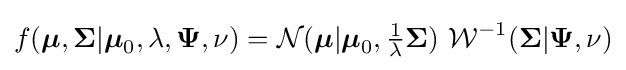
f({\boldsymbol {\mu }},{\boldsymbol {\Sigma }}|{\boldsymbol {\mu }}_{0},\lambda ,{\boldsymbol {\Psi }},\nu )={\mathcal {N}}({\boldsymbol {\mu }}|{\boldsymbol {\mu }}_{0},{\tfrac {1}{\lambda }}{\boldsymbol {\Sigma }})\ {\mathcal {W}}^{-1}({\boldsymbol {\Sigma }}|{\boldsymbol {\Psi }},\nu )